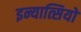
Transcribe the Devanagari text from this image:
इन्यात्सियो